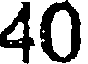
40